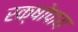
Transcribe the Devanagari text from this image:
रक्षोपाय